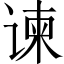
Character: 谏